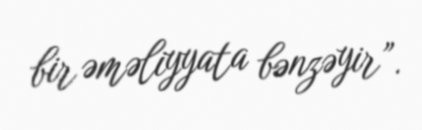
bir əməliyyata bənzəyir”.